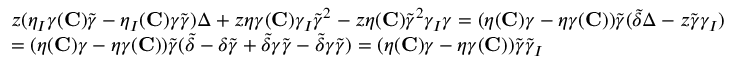
\begin{array} { r l } & { z ( \eta _ { I } \gamma ( { \mathbf { C } } ) \widetilde { \gamma } - \eta _ { I } ( { \mathbf { C } } ) \gamma \widetilde { \gamma } ) \Delta + z \eta \gamma ( { \mathbf { C } } ) \gamma _ { I } \widetilde { \gamma } ^ { 2 } - z \eta ( { { \mathbf { C } } } ) \widetilde { \gamma } ^ { 2 } \gamma _ { I } \gamma = ( \eta ( { \mathbf { C } } ) \gamma - \eta \gamma ( { \mathbf { C } } ) ) \widetilde { \gamma } ( \widetilde { \delta } \Delta - z \widetilde { \gamma } \gamma _ { I } ) } \\ & { = ( \eta ( { \mathbf { C } } ) \gamma - \eta \gamma ( { \mathbf { C } } ) ) \widetilde { \gamma } ( \widetilde { \delta } - \delta \widetilde { \gamma } + \widetilde { \delta } \gamma \widetilde { \gamma } - \widetilde { \delta } \gamma \widetilde { \gamma } ) = ( \eta ( { \mathbf { C } } ) \gamma - \eta \gamma ( { \mathbf { C } } ) ) \widetilde { \gamma } \widetilde { \gamma } _ { I } } \end{array}